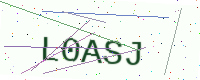
Text: L0ASJ